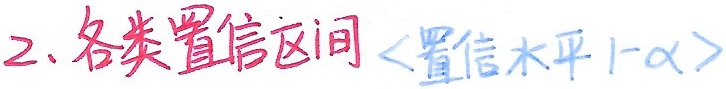
2. 各类置信区间 <置信水平 $1 - \alpha$>